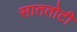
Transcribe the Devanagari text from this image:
साततोटी